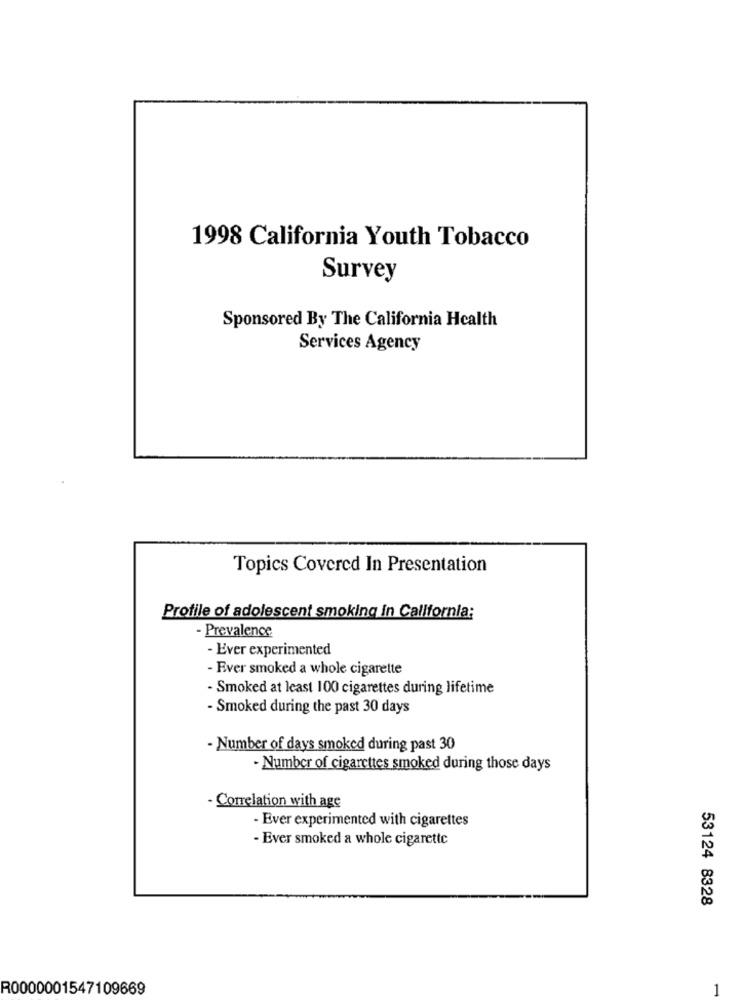
1998 California Youth Tobacco
Survey
Sponsored By The California Health
Services Agency
Topics Covered In Presentation
Profile of adolescent smoking in California;
- Prevalence
- Ever experimented
- Ever smoked a whole cigarette
- Smoked at least 100 cigarettes during lifetime
- Smoked during the past 30 days
- Number of days smoked during past 30
- Number of cigarettes smoked during those days
-Correlation with age
- Ever experimented with cigarettes
- Ever smoked a whole cigarette
53124 8328
R0000001547109669
1